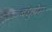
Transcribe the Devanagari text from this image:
बंधुप्रेम